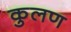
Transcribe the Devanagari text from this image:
कुलण